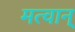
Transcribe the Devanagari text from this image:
मत्वान्